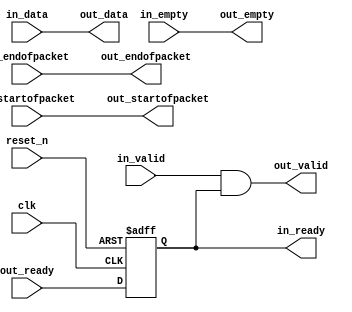
// --------------------------------------------------------------------------------
//| Avalon Streaming Timing Adapter
// --------------------------------------------------------------------------------

`timescale 1ns / 100ps
module lcd_ta_sgdma_to_fifo (
    
      // Interface: clk
      input              clk,
      input              reset_n,
      // Interface: in
      output reg         in_ready,
      input              in_valid,
      input      [63: 0] in_data,
      input              in_startofpacket,
      input              in_endofpacket,
      input      [ 2: 0] in_empty,
      // Interface: out
      input              out_ready,
      output reg         out_valid,
      output reg [63: 0] out_data,
      output reg         out_startofpacket,
      output reg         out_endofpacket,
      output reg [ 2: 0] out_empty
);




   // ---------------------------------------------------------------------
   //| Signal Declarations
   // ---------------------------------------------------------------------

   reg  [68: 0] in_payload;
   reg  [68: 0] out_payload;
   reg  [ 1: 0] ready;


   // ---------------------------------------------------------------------
   //| Payload Mapping
   // ---------------------------------------------------------------------
   always @* begin
     in_payload = {in_data,in_startofpacket,in_endofpacket,in_empty};
     {out_data,out_startofpacket,out_endofpacket,out_empty} = out_payload;
   end

   // ---------------------------------------------------------------------
   //| Ready & valid signals.
   // ---------------------------------------------------------------------
   always @* begin
     ready[1] = out_ready;
     out_valid = in_valid && ready[0];
     out_payload = in_payload;
     in_ready = ready[0];
   end


   always @(posedge clk or negedge reset_n) begin
      if (!reset_n) begin
        ready[1-1:0] <= 0;
      end else begin
        ready[1-1:0] <= ready[1:1];
      end 
   end


endmodule